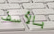
بالأسف